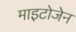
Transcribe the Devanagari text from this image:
माइटोजेन